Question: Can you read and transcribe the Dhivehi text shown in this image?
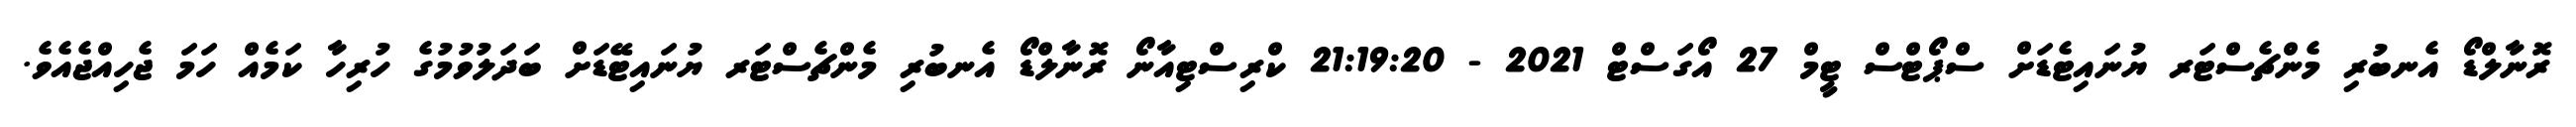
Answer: ރޮނާލްޑޯ އެނބުރި މެންޗެސްޓަރ ޔުނައިޓެޑަށް ސްޕޯޓްސް ޓީމް 27 އޯގަސްޓް 2021 - 21:19:20 ކްރިސްޓިއާނޯ ރޮނާލްޑޯ އެނބުރި މެންޗެސްޓަރ ޔުނައިޓޭޑަށް ބަދަލުވުމުގެ ހުރިހާ ކަމެއް ހަމަ ޖެހިއްޖެއެވެ.